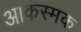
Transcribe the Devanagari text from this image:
आकस्मक